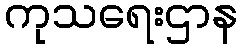
ကုသရေးဌာန